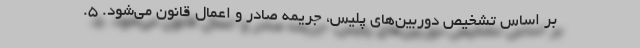
بر اساس تشخیص دوربین‌های پلیس، جریمه صادر و اعمال قانون می‌شود. ۵.